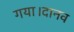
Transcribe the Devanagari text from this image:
गया।दानव